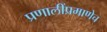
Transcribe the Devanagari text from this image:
प्रणालींप्रमाणेच